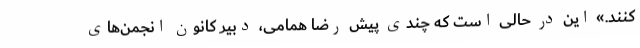
کنند.» این در حالی است که چندی پیش رضا همامی، دبیر کانون انجمن‌های